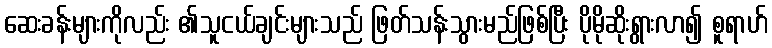
ဆေးခန်းများကိုလည်း ၏သူငယ်ချင်းများသည် ဖြတ်သန်းသွားမည်ဖြစ်ပြီး ပိုမိုဆိုးရွားလာ၍ စူရာဟ်